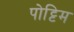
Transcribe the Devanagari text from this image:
पोट्टिम